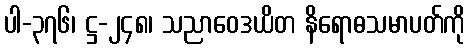
ပါ-၃၇၆၊ ဋ္ဌ-၂၄၈၊ သညာဝေဒယိတ နိရောဓသမာပတ်ကို